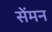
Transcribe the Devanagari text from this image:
सेंमन